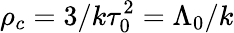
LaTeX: \rho_{c}=3/k\tau_{0}^{2}=\Lambda_{0}/k